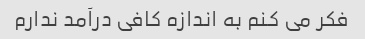
فکر می کنم به اندازه کافی درآمد ندارم